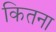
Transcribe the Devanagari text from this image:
कितना